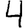
Digit: 4